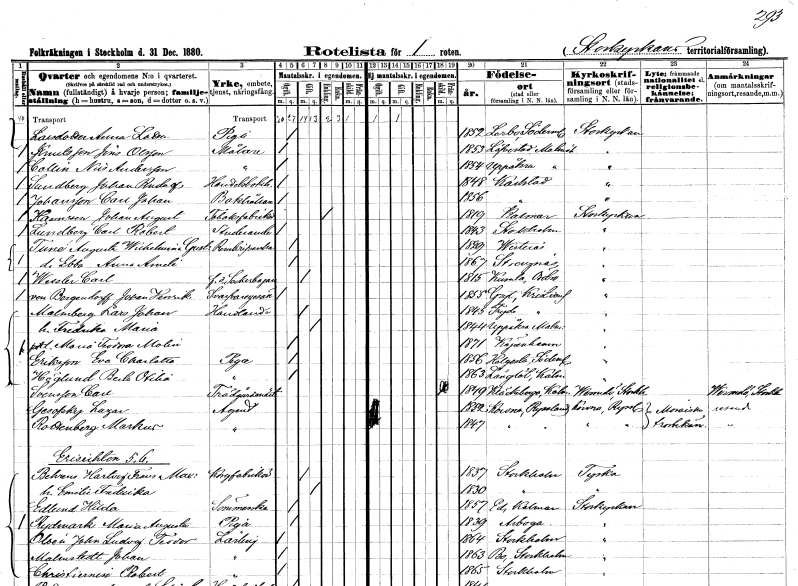
gt_parse: households: individuals: FN: Anna Lotta
EN: Larsdotter
YRKE: Piga
KON: K
CIV: O
FODAR: 1852
FODFORS: Lerbo Södermanlands län
FN: Jöns
EN: Knutsson Olsson
YRKE: Målare
KON: M
CIV: O
FODAR: 1853
FODFORS: Lövestad Malmöhus län
FN: Nils
EN: Collin Andersson
YRKE: Målare
KON: M
CIV: O
FODAR: 1854
FODFORS: Uppåkra Malmöhus län
FN: Johan Rudolf
EN: Sundberg
YRKE: Handelsbokhållare
KON: M
CIV: O
FODAR: 1848
FODFORS: Karlstad Värmlands län
FN: Carl Johan
EN: Johansson
YRKE: Bokhållare
KON: M
CIV: O
FODAR: 1856
FODFORS: Karlstad Värmlands län
FN: Johan August
EN: Hansson
YRKE: Tobaksfabrikör
KON: M
CIV: O
FODAR: 1819
FODFORS: Kalmar Kalmar län
FN: Carl Robert
EN: Lundberg
YRKE: Studerande
KON: M
CIV: O
FODAR: 1843
FODFORS: Stockholm
FN: Augusta Wilhelmina Gustava
EN: Tuné
YRKE: Renskriverska
KON: K
CIV: O
FODAR: 1829
FODFORS: Västerås Västmanlands län
FN: Ebba Anna Amalia
KON: K
CIV: O
FODAR: 1867
FODFORS: Strängnäs Södermanlands län
FN: Carl
EN: Wessler
YRKE: Sockerbagare f.d.
KON: M
CIV: G
FODAR: 1815
FODFORS: Kumla Örebro län
FN: Johan Henrik
EN: von Bergendorff
YRKE: Svarvaregesäll
KON: M
CIV: O
FODAR: 1855
FODFORS: Gryt Kristianstads län
FN: Lars Johan
EN: Malmberg
YRKE: Handlande
KON: M
CIV: G
FODAR: 1845
FODFORS: Tryde Kristianstads län
FN: Fredrika Maria
KON: K
CIV: G
FODAR: 1844
FODFORS: Uppåkra Malmöhus län
FN: Maria Teodora
EN: Molin
KON: K
CIV: O
FODAR: 1871
FN: Eva Charlotta
EN: Eriksson
YRKE: Piga
KON: K
CIV: O
FODAR: 1856
FODFORS: Helgesta Södermanlands län
FN: Berta Otilia
EN: Höglund
YRKE: Piga
KON: K
CIV: O
FODAR: 1863
FODFORS: Långlöt Kalmar län
FN: Carl
EN: Svensson
YRKE: Trädgårdsmästare
KON: M
CIV: X
FODAR: 1849
FODFORS: Kläckeberga Kalmar län
FN: Lazar
EN: Gesofsky
YRKE: Agent
KON: M
CIV: O
FODAR: 1852
FN: Markus
EN: Rottenberg
YRKE: Agent
KON: M
CIV: O
FODAR: 1847
FN: Hartvig Frans Max
EN: Behreus
YRKE: Korgfabrikör
KON: M
CIV: G
FODAR: 1837
FODFORS: Stockholm
FN: Emilia Fredrika
KON: K
CIV: O
FODAR: 1830
FODFORS: Stockholm
FN: Hilda
EN: Edlund
YRKE: Sömmerska
KON: K
CIV: O
FODAR: 1857
FODFORS: Ed Kalmar län
FN: Maria Augusta
EN: Rydmark
YRKE: Piga
KON: K
CIV: O
FODAR: 1839
FODFORS: Arboga Västmanlands län